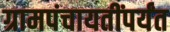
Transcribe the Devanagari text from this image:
ग्रामपंचायतींपर्यंत